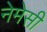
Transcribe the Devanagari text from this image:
नेमेसी